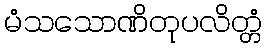
မံသသောဏိတုပလိတ္တံ